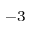
^ { - 3 }